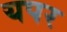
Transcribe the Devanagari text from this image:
यपर